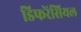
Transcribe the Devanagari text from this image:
डिफरेंसियल